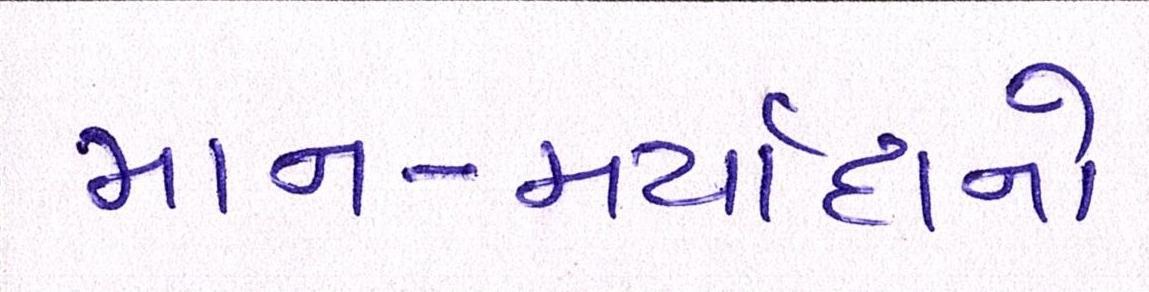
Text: માન-મર્યાદાનો